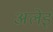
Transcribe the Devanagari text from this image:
अलेइ